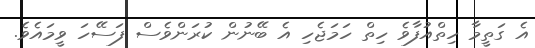
އެ ގަތީމާ ހިތްއުފާވެ ހިތް ހަމަޖެހި އެ ބޭނުން ކުރަންވެސް ފަސޭހަ ވީމައެވެ.